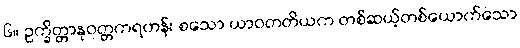
၆။ ဥက္ခိတ္တာနုဝတ္တကရဟန်း စသော ယာဝတတိယက တစ်ဆယ့်တစ်ယောက်သော